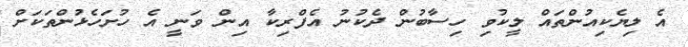
އެ ލިޔެކިއުންތައް ލީކުވި ހިސާބުން ދެކުނު އެފްރިކާ އިން ވަނީ އެ ހުށަހެޅުންތަކަށް